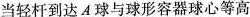
当轻杆到达A球与球形容器球心等高